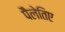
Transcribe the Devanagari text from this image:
पैलेतिए